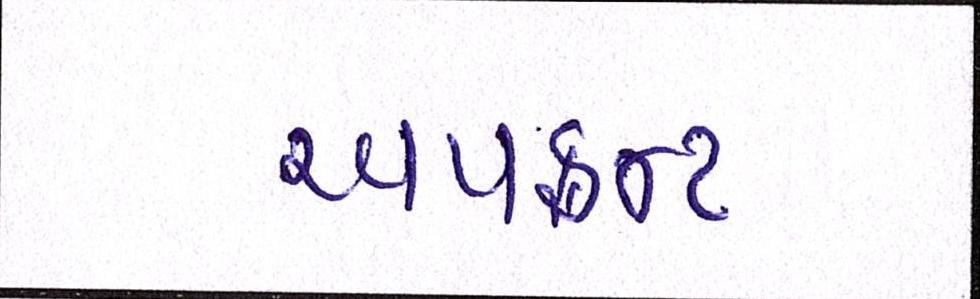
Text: અપફ્રન્ટ